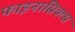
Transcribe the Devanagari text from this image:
फाइनांसियल्स